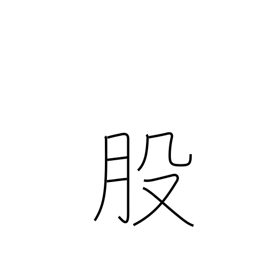
Meaning: thigh